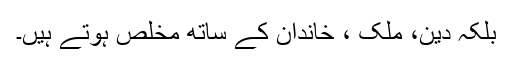
بلکہ دین، ملک ، خاندان کے ساتھ مخلص ہوتے ہیں۔